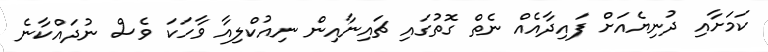
ކަމަށާއި ދުނިޔެއަށް ފައިދާއެއް ނެތް ގޮތުގައި ޗައިނާއިން ނިއުކްލިއާ ވާހަކަ ވެސް ނުދައްކާނެ